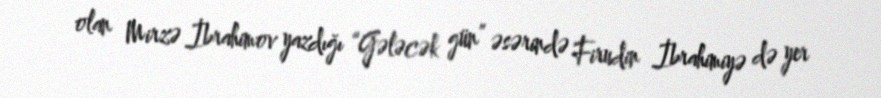
olan Mirzə İbrahimov yazdığı “Gələcək gün” əsərində Firudin İbrahimiyə də yer